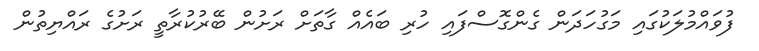
ފުވައްމުލަކުގައި މަގުހަދަން ގެންގޮސްފައި ހުރި ބައެއް ގާތަށް ރަށުން ބޭރުކުރާތީ ރަށުގެ ރައްޔިތުން